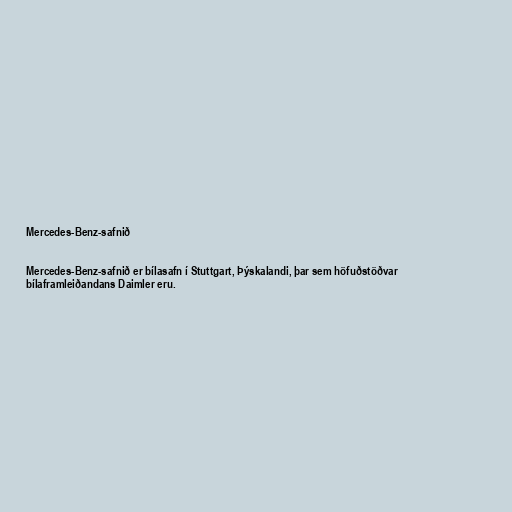
Mercedes-Benz-safnið

Mercedes-Benz-safnið er bílasafn í Stuttgart, Þýskalandi, þar sem höfuðstöðvar
bílaframleiðandans Daimler eru.